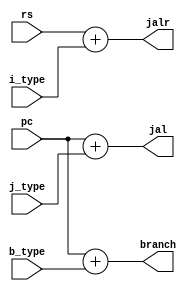
`timescale 1ns / 1ps
//////////////////////////////////////////////////////////////////////////////////
// Company: 
// Engineer: 
// 
// Design Name: 
// Module Name: Branch_Address_Gen
// Project Name: 
// Target Devices: 
// Tool Versions: 
// Description: 
// 
// Dependencies: 
// 
// Revision:
// Revision 0.01 - File Created
// Additional Comments:
// 
//////////////////////////////////////////////////////////////////////////////////


module Branch_Address_Gen(
    // branch gen inputs
    input wire [31:0] rs,
    input wire [31:0] pc,
    input wire [31:0] i_type,
    input wire [31:0] j_type,
    input wire [31:0] b_type,
    // outputs of the branch addr gen
    output wire [31:0] jal,
    output wire [31:0] jalr,
    output wire [31:0] branch
    // what determines the type of output the generator generates?
    );
    
    assign jal = (pc) + j_type; // next experiment revert pc-4 to pc
    assign jalr = rs + i_type; // next eperiment turn 12 into rs
    assign branch = (pc) + b_type; // BE WEARY OF PC supposed to be pc-4
    
endmodule